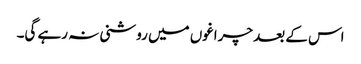
اس کے بعد چراغوں میں روشنی نہ رہے گی۔